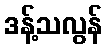
ဒန့်သလွန်